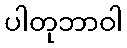
ပါတုဘာဝါ